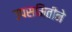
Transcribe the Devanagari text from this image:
उपसमितीने